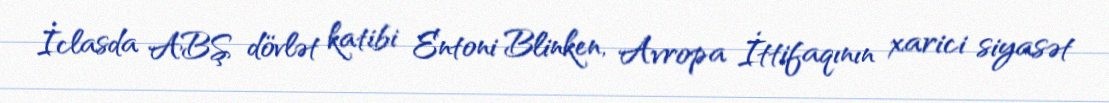
İclasda ABŞ dövlət katibi Entoni Blinken, Avropa İttifaqının xarici siyasət